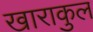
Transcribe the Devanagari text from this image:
खाराकुल